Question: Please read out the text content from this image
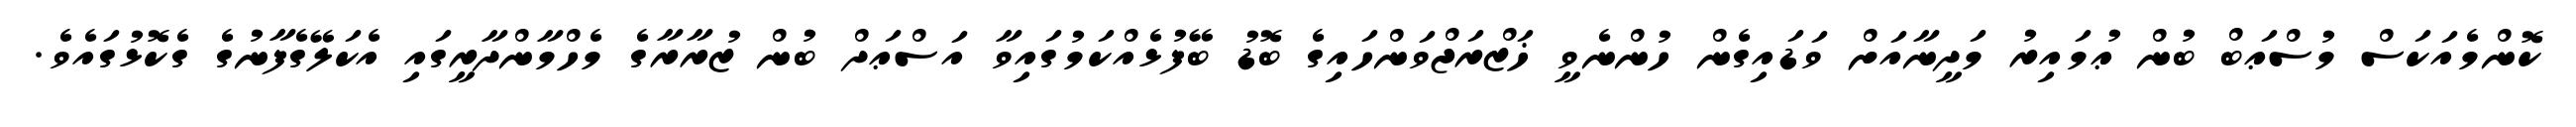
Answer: ކޮންމެއަކަސް މުސްޢަބް ބުން ޢުމައިރު މަދީނާއަށް ވަޑައިގެން ހުންނެވީ ޚަޒްރަޖްވަންހައިގެ ބޮޑު ބޭފުޅެއްކަމުގައިވާ އަސްޢަދް ބުން ޒުރާރާގެ މެހްމާންދާރީގައި އެކަލޭގެފާނުގެ ގެކޮޅުގައެވެ.